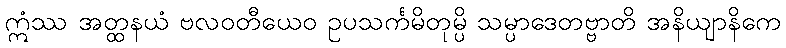
ဣံဿ အတ္ထနယံ ဗလဝတီယေဝ ဥပသင်္ကမိတုမ္ပိ သမ္ပာဒေတဗ္ဗာတိ အနိယျာနိကေ